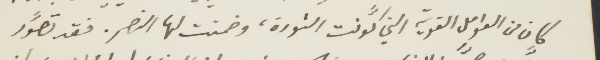
كان من العوامل القوية التي كوّنت الثورة، وضمنت لها النصر. فقد تصوّر